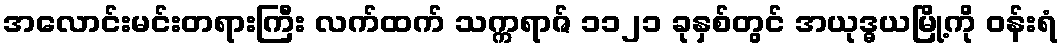
အလောင်းမင်းတရားကြီး လက်ထက် သက္ကရာဇ် ၁၁၂၁ ခုနှစ်တွင် အယုဒ္ဓယမြို့ကို ဝန်းရံ